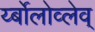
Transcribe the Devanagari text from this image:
र्य्बोलोव्लेव्